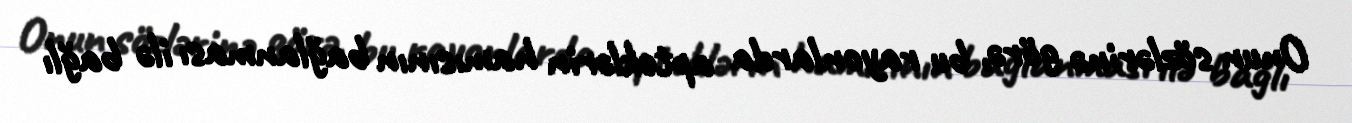
Onun sözlərinə görə, bu rayonlarda apteklərin hamısının bağlanması ilə bağlı